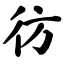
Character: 彷